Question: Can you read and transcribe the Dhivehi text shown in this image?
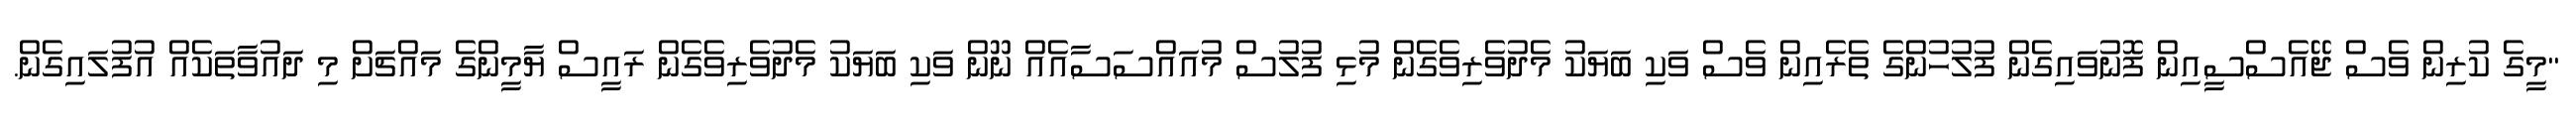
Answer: "މީގެ ކުރިން ވެސް ޖޭއެސްސީއިން ފޮނުވައިގެން ފުލުހުންގެ ތެރެއިން ވެސް ވަކި ބަޔަކު މެދުވެރިވެގެން މުޅި ފުލުސް މުއައްސަސާއެއް ނޫން ވަކި ބަޔަކު މެދުވެރިވެގެން ރައީސް ޔާމީންގެ މައްޗަށް މި ދައުވާތަކެއް އުފުލައިގެން.